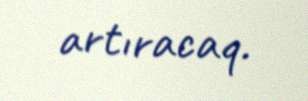
artıracaq.